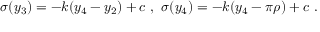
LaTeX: \sigma ( y _ { 3 } ) = - k ( y _ { 4 } - y _ { 2 } ) + c ~ , ~ \sigma ( y _ { 4 } ) = - k ( y _ { 4 } - \pi \rho ) + c ~ . ~ \,